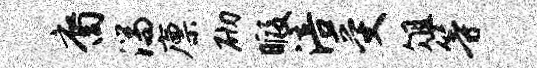
裔湍廪砌暇涪受俎等